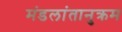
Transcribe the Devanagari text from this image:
मंडलांतानुक्रम